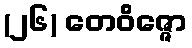
(၂၆) တေဝိဇ္ဇော